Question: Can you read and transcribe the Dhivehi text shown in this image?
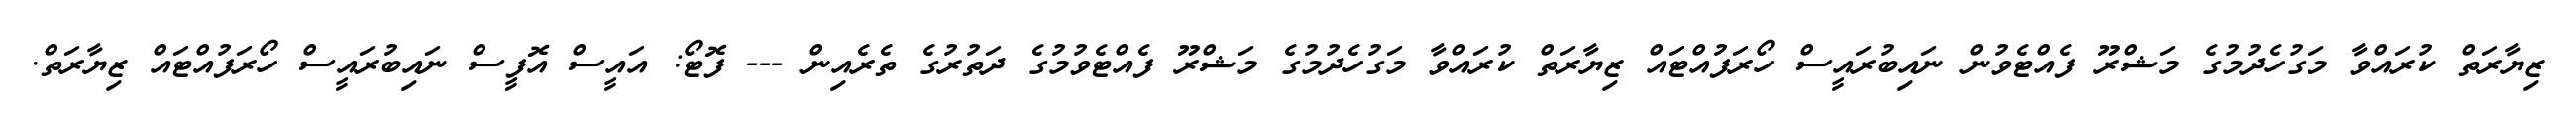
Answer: ޒިޔާރަތް ކުރައްވާ މަގުހެދުމުގެ މަޝްރޫ ފެއްޓެވުން ނައިބުރައީސް ހޯރަފުއްޓައް ޒިޔާރަތް ކުރައްވާ މަގުހެދުމުގެ މަޝްރޫ ފެއްޓެވުމުގެ ދަތުރުގެ ތެރެއިން --- ފޮޓޯ: އައީސް އޮފީސް ނައިބުރައީސް ހޯރަފުއްޓައް ޒިޔާރަތް.